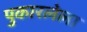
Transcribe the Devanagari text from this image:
पुकारलेला